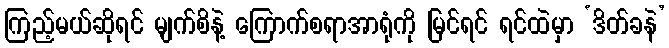
ကြည့်မယ်ဆိုရင် မျက်စိနဲ့ ကြောက်စရာအာရုံကို မြင်ရင် ရင်ထဲမှာ ‘ဒိတ်ခနဲ’